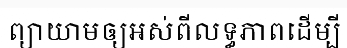
ព្យាយាមឲ្យអស់ពីលទ្ធភាពដើម្បី